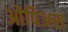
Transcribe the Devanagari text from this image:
ओपिअस